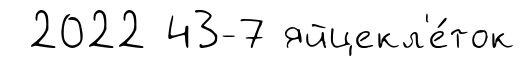
2022 43-7 яйцекл'е́ток